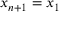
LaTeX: x _ { n + 1 } = x _ { 1 }